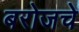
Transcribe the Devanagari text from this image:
बरोजचे